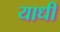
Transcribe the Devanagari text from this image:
याधी